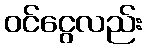
ဝင်ငွေလည်း